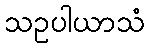
သဥပါယာသံ